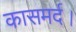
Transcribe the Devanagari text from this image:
कासमर्द।